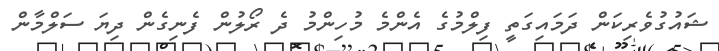
ޝައުގުވެރިކަން ދަމައިގަތީ ފިލްމުގެ އެންމެ މުހިންމު ދެ ރޯލުން ފެނިގެން ދިޔަ ސަލްމާން